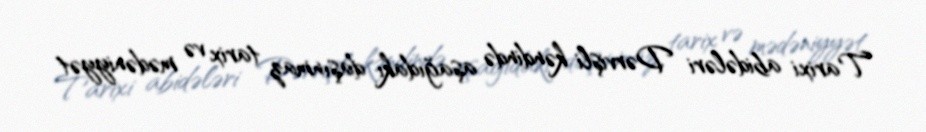
Tarixi abidələri Dərvişli kəndində aşağıdakı daşınmaz tarix və mədəniyyət